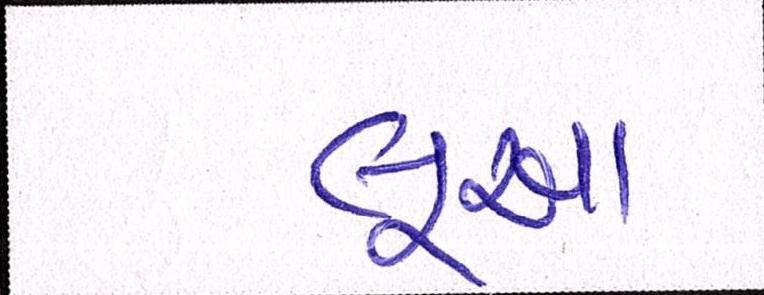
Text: લૂઆ